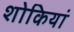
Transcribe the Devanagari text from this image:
शोकियां